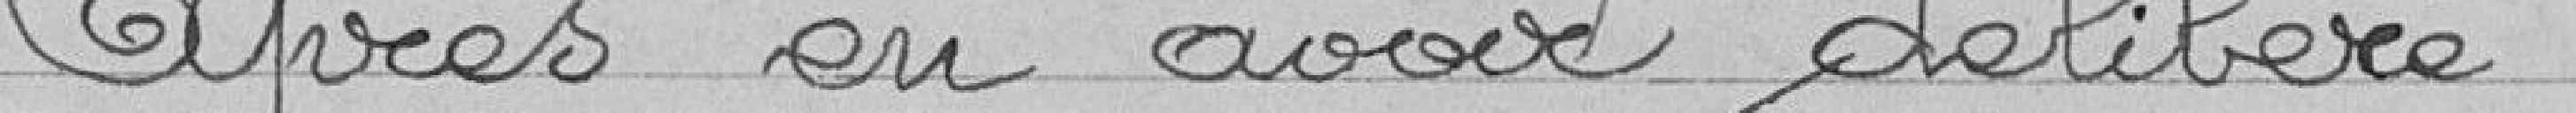
après en avoir délibéré :